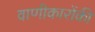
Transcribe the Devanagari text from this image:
वाणीकारोंकी